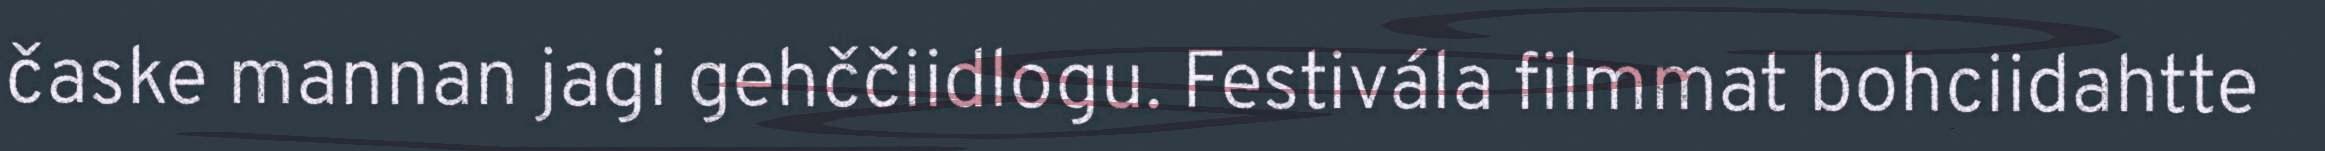
časke mannan jagi gehččiidlogu. Festivála filmmat bohciidahtte